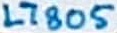
Text: L7805